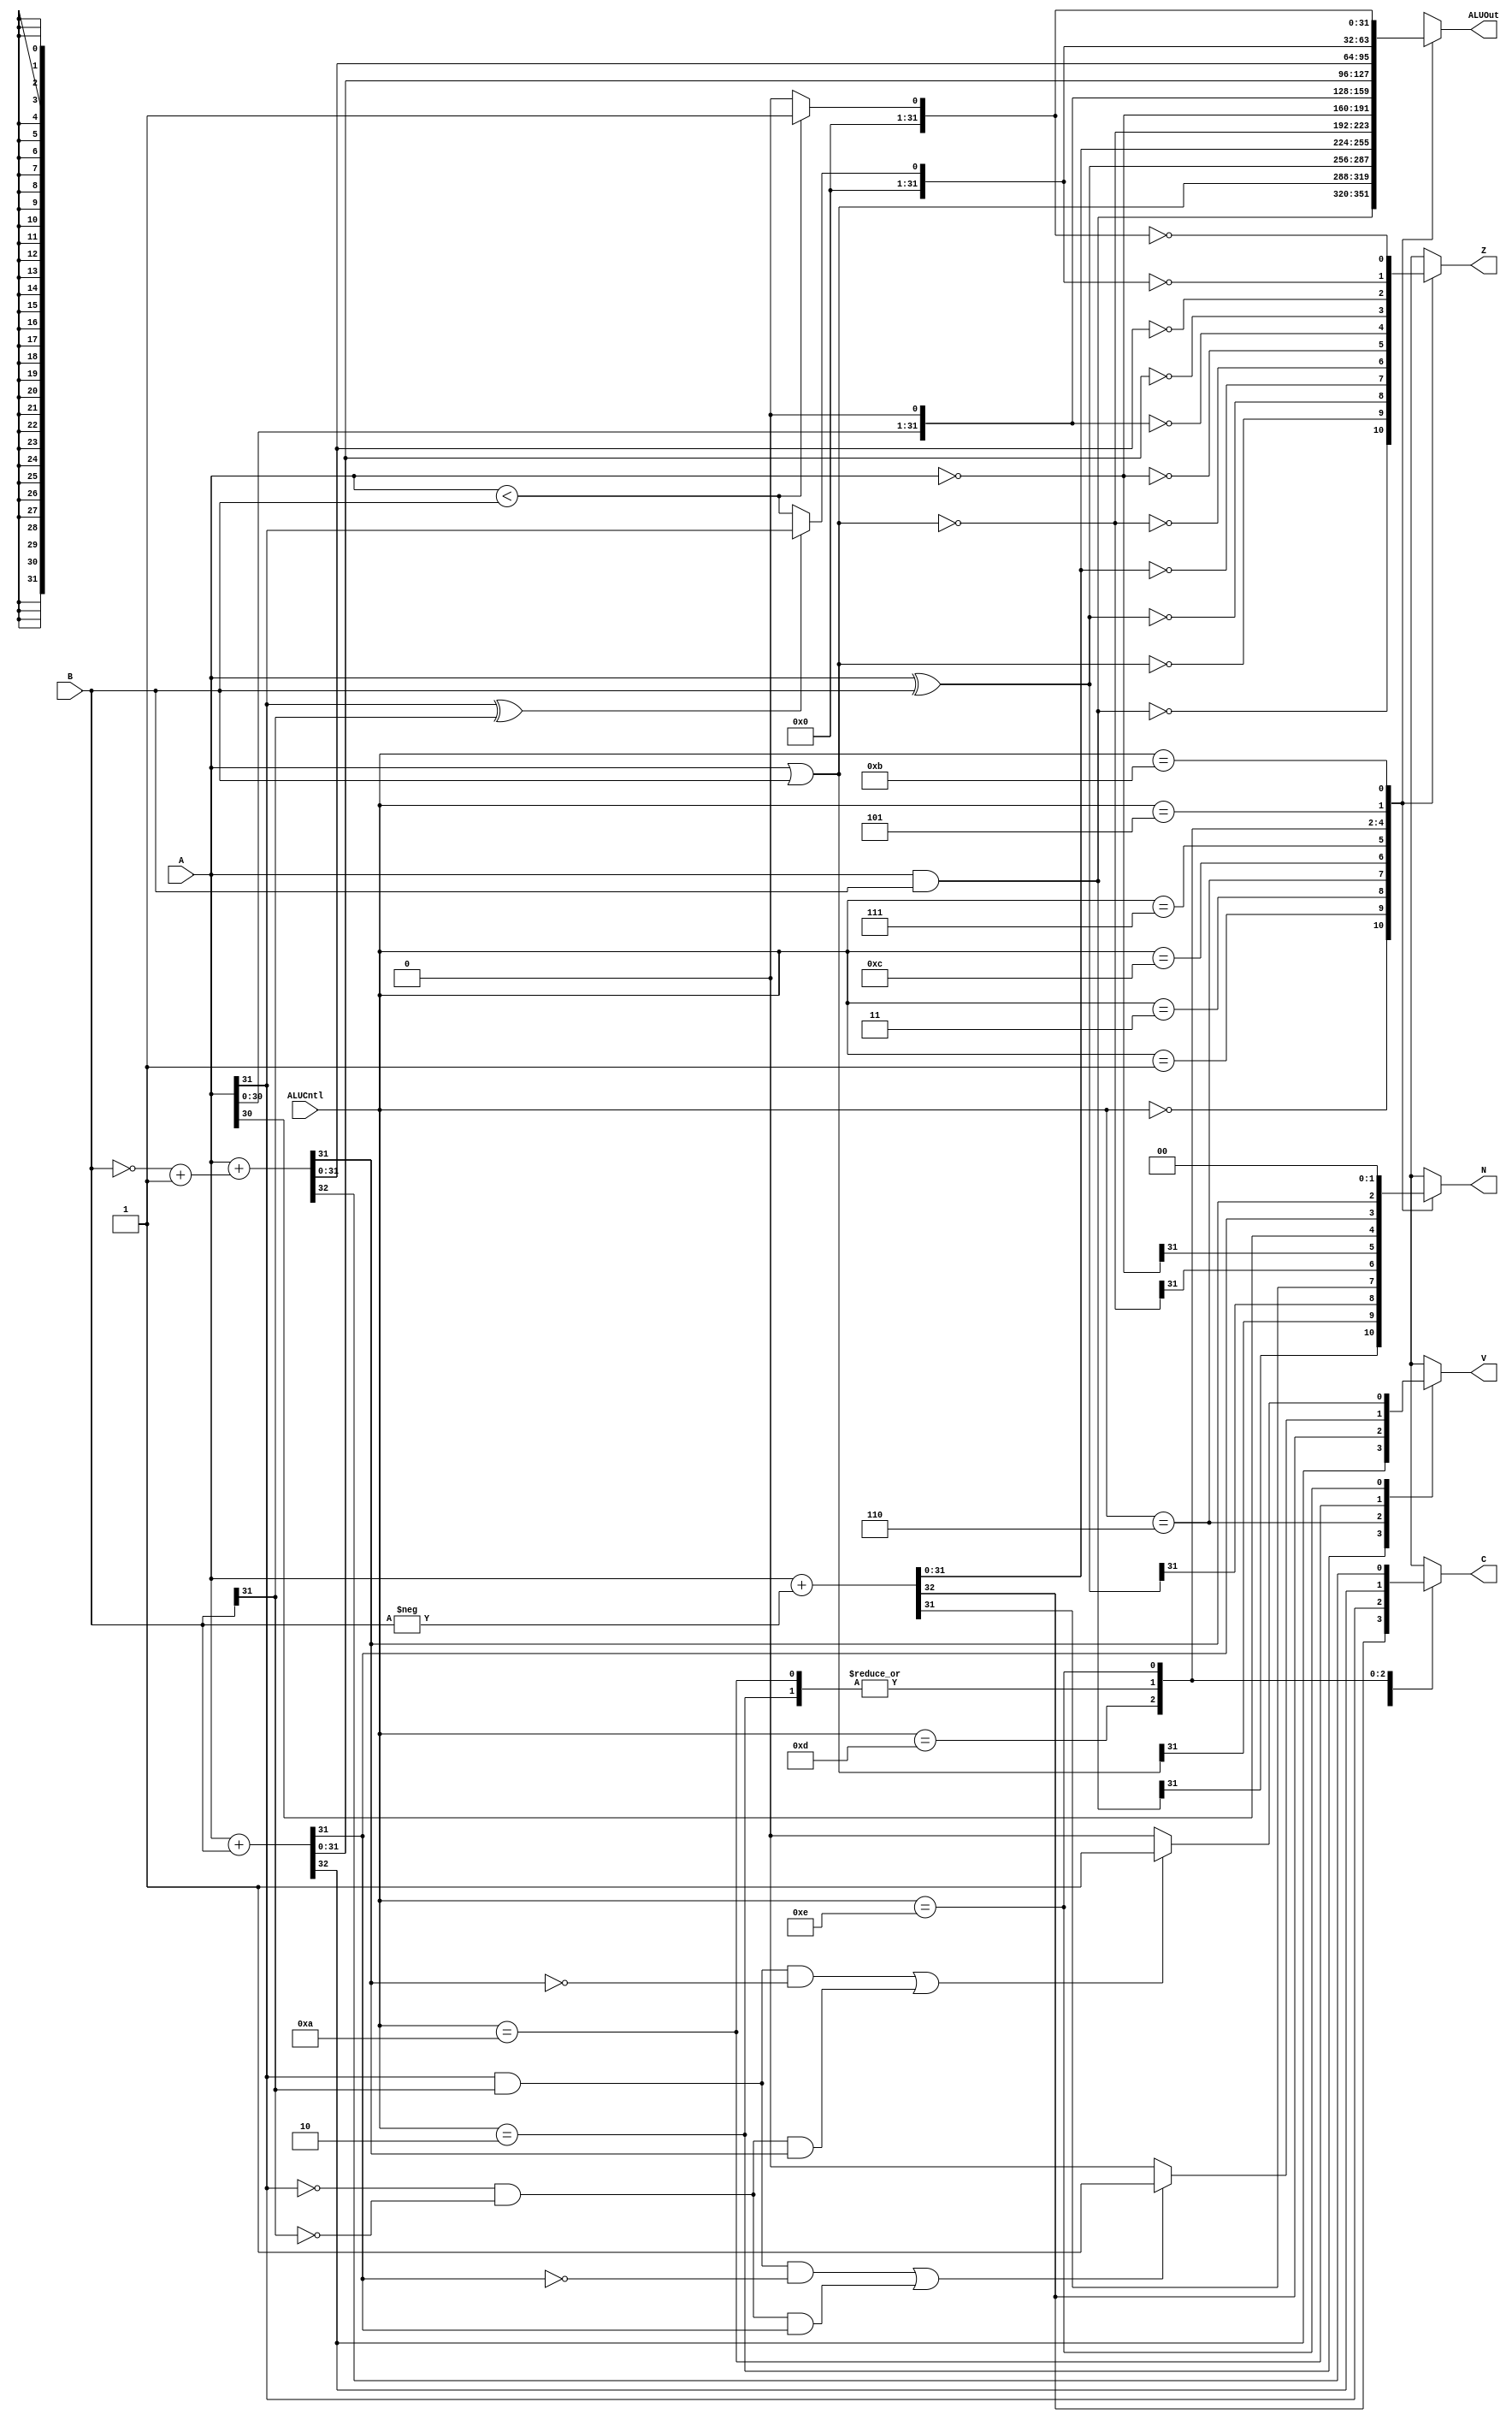
`timescale 1ns / 1ps
//////////////////////////////////////////////////////////////////////////////////
// Company:
// Engineer:
//
// Design Name:
// Module Name: alu
// Project Name:
// Target Devices:
// Tool Versions:
// Description:
//
// Dependencies:
//
// Revision:
// Revision 0.01 - File Created
// Additional Comments:
//
//////////////////////////////////////////////////////////////////////////////////


module ALU(
    input [31:0] A,
    input [31:0] B,
    input [3:0] ALUCntl,
    output reg [31:0] ALUOut,
    output reg N,
    output reg Z,
    output reg C,
    output reg V
);

    localparam ZERO = 1'b0;
    reg [31:0] B2;
    reg signed[31:0] A_s;
    reg signed[31:0] B_s;
    // All inputs are in the sensitivity list
    always@(*) begin // or always@(A, B, ALUCntl) begin
        case(ALUCntl)

            // AND gate
            4'b0000: begin
                ALUOut = A & B;
                Z = ALUOut == ZERO;
                N = ALUOut[31];
                V = 1'dx;
                C = 1'dx;
            end

            // OR gate
            4'b0001: begin
                ALUOut = A | B;
                Z = ALUOut == ZERO;
                N = ALUOut[31];
                V = 1'dx;
                C = 1'dx;
            end

            // XOR gate
            4'b0011: begin
                ALUOut = A ^ B;
                Z = ALUOut == ZERO;
                N = ALUOut[31];
                V = 1'dx;
                C = 1'dx;
            end

            //  Addition Unsigned
            4'b0010: begin
                {C, ALUOut} = A + B;
                V = C;
                Z = ALUOut == ZERO;
                N = ALUOut[31];
            end

            // Subtraction Unsigned
            4'b0110: begin
                {C, ALUOut} = A + (-B);
                V = C;
                Z = ALUOut == ZERO;
                N = ALUOut[31];
            end

            // NOR gate
            4'b1100: begin
                ALUOut = ~(A | B);
                Z = ALUOut == ZERO;
                N = ALUOut[31];
                V = 1'dx;
                C = 1'dx;
            end

            // NOT gate
            4'b0111: begin
                ALUOut = ~A;
                Z = ALUOut == ZERO;
                N = ALUOut[31];
                V = 1'dx;
                C = 1'dx;
            end

            // Shift left logical
            4'b1101: begin
                {C, ALUOut} = A<<1;
                Z = ALUOut == ZERO;
                V = 1'dx;
                N = ALUOut[31];
            end

            // Addition Signed
            4'b1010: begin
                {C, ALUOut} = A + B;
                V = ((A[31] & B[31] & ~ALUOut[31]) | (~A[31] & ~B[31] & ALUOut[31])) ? 1'b1 : 1'b0;
                Z = ALUOut == ZERO;
                N = ALUOut[31];
            end

            // Subtraction Signed
            4'b1110: begin
                B2 = ~B + 1'b1;
                {C, ALUOut} = A + B2;
                V = ((A[31] & B[31] & ~ALUOut[31]) | (~A[31] & ~B[31] & ALUOut[31])) ? 1'b1 : 1'b0;
                Z = ALUOut == ZERO;
                N = ALUOut[31];
            end

            // Set Less Than Signed
            4'b0101: begin
                ALUOut = A[31] ^ B[31] ? A[31] : (A < B);
                Z = ALUOut == ZERO;
                N = ALUOut[31];
                V = 1'dx;
                C = 1'dx;
            end

            // Set Less Than Unsigned
            4'b1011: begin
                ALUOut = A < B ? 32'b1 : 32'b0;
                Z = ALUOut == ZERO;
                N = ALUOut[31];
                V = 1'dx;
                C = 1'dx;
            end

            // Default
            default: begin
                ALUOut = 32'dx;
                C = 1'dx;
                Z = 1'dx;
                V = 1'dx;
                N = 1'dx;
            end
        endcase
    end


endmodule